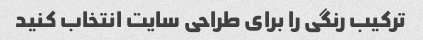
ترکیب رنگی را برای طراحی سایت انتخاب کنید